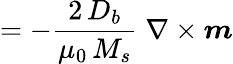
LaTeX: =-\frac{2\, D_{b}}{\mu_{0}\, M_{s}}\; \nabla\times\boldsymbol{m}